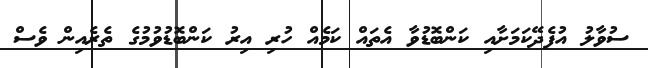
ސުވާލު އުފެދޭކަމަށާއި ކަންބޮޑުވާ އެތައް ކަމެއް ހުރި އިރު ކަންބޮޑުވުމުގެ ތެރެއިން ވެސް